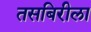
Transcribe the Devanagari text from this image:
तसबिरीला